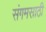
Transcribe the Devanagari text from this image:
संगमसाठी